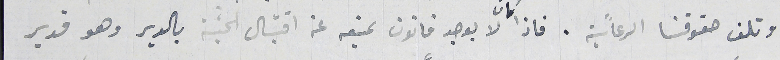
وتلف حقوقنا الرعائية. فاذا كان يوجد قانون يمنعه عن اقتبال الجثة بالدير وهو قدير